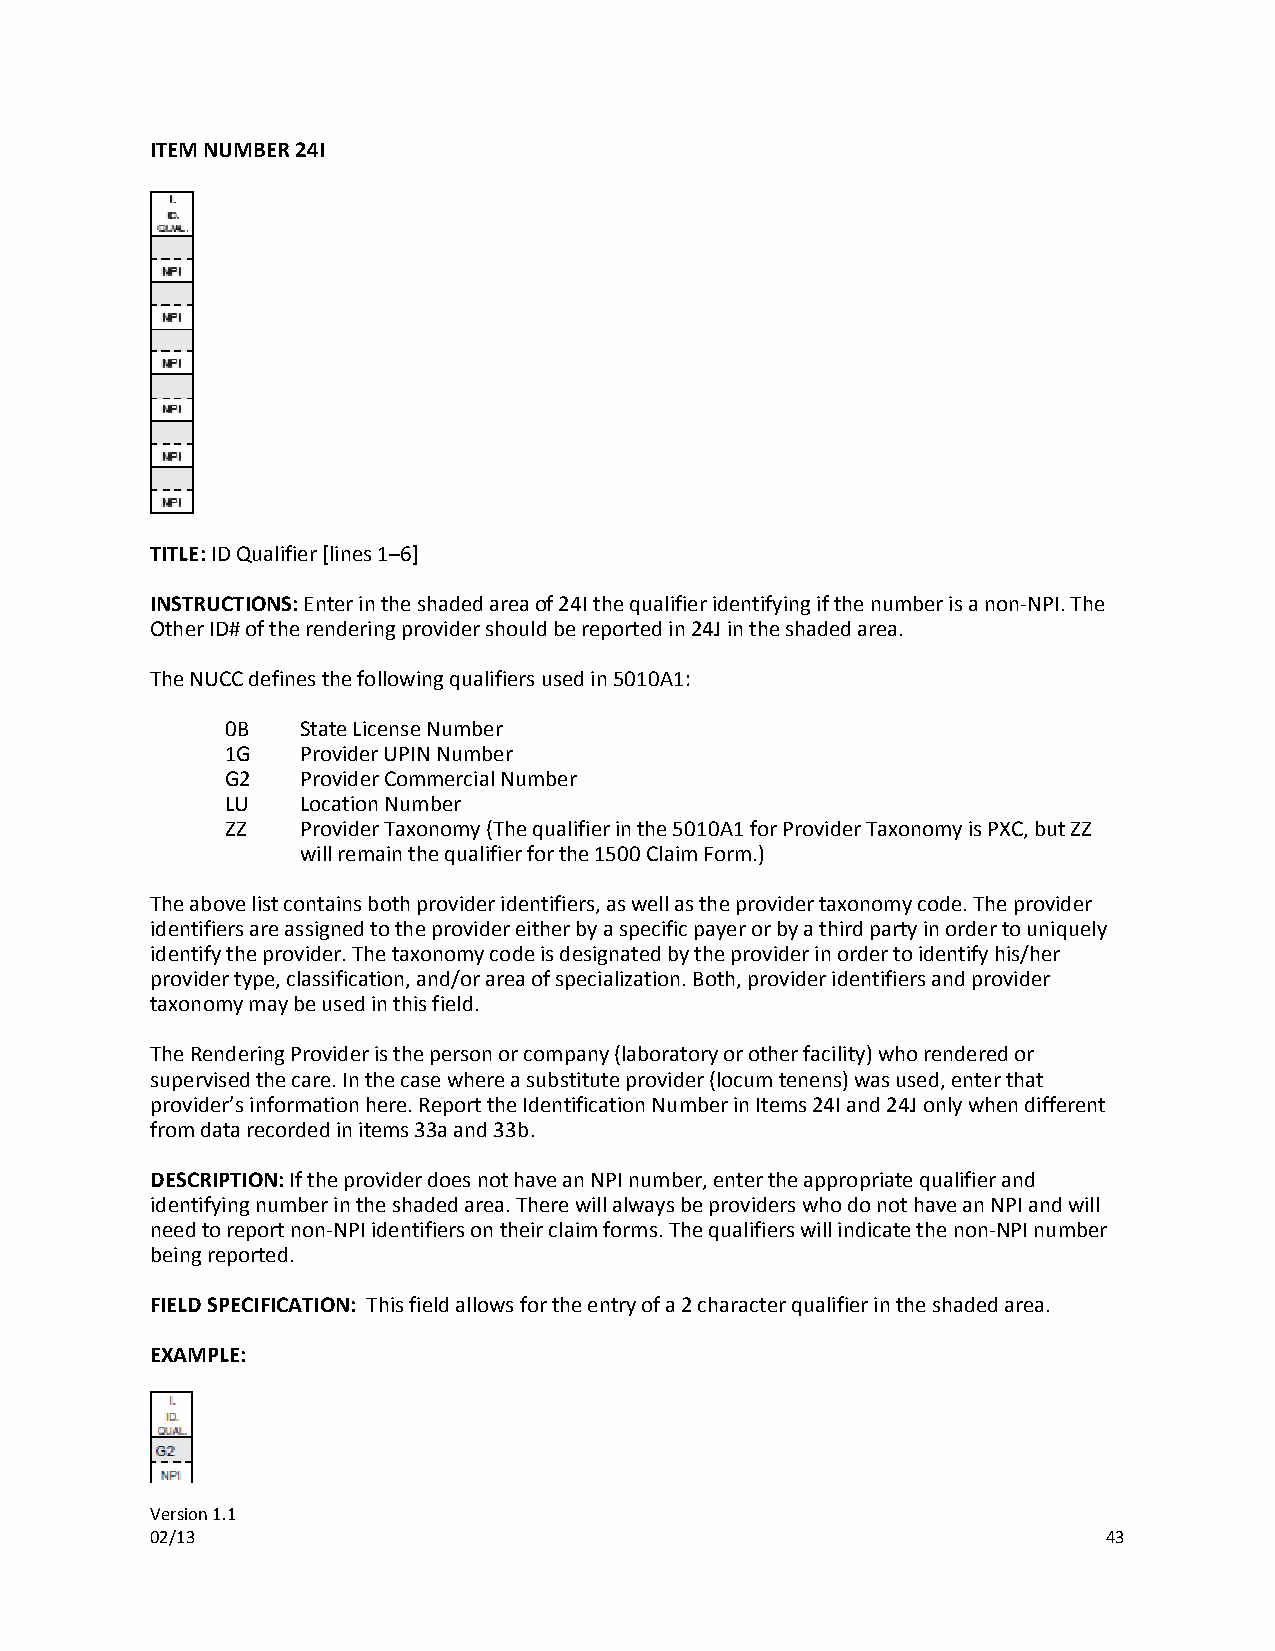
ITEM NUMBER 24I
 TITLE: ID Qualifier [lines 1–6]
 INSTRUCTIONS: Enter in the shaded area of 24I the qualifier identifying if the number is a non-NPI. The
 Other ID# of the rendering provider should be reported in 24J in the shaded area.
 The NUCC defines the following qualifiers used in 5010A1:
 0B   State License Number
 1G   Provider UPIN Number
 G2   Provider Commercial Number
 LU   Location Number
 ZZ   Provider Taxonomy (The qualifier in the 5010A1 for Provider Taxonomy is PXC, but ZZ
 will remain the qualifier for the 1500 Claim Form.)
 The above list contains both provider identifiers, as well as the provider taxonomy code. The provider
 identifiers are assigned to the provider either by a specific payer or by a third party in order to uniquely
 identify the provider. The taxonomy code is designated by the provider in order to identify his/her
 provider type, classification, and/or area of specialization. Both, provider identifiers and provider
 taxonomy may be used in this field.
 The Rendering Provider is the person or company (laboratory or other facility) who rendered or
 supervised the care. In the case where a substitute provider (locum tenens) was used, enter that
 provider’s information here. Report the Identification Number in Items 24I and 24J only when different
 from data recorded in items 33a and 33b.
 DESCRIPTION: If the provider does not have an NPI number, enter the appropriate qualifier and
 identifying number in the shaded area. There will always be providers who do not have an NPI and will
 need to report non-NPI identifiers on their claim forms. The qualifiers will indicate the non-NPI number
 being reported.
 FIELD SPECIFICATION: This field allows for the entry of a 2 character qualifier in the shaded area.
 EXAMPLE:
 Version 1.1
 02/13                                                          43